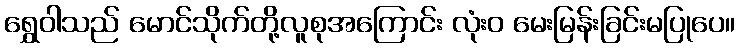
ရွှေဝါသည် မောင်သိုက်တို့လူစုအကြောင်း လုံးဝ မေးမြန်းခြင်းမပြုပေ။